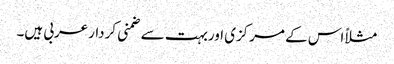
مثلاً اس کے مرکزی اوربہت سے ضمنی کردارعربی ہیں۔